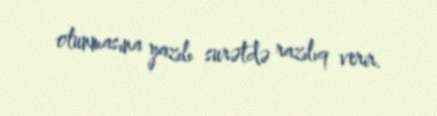
olunmasına yazılı surətdə razılıq verir.